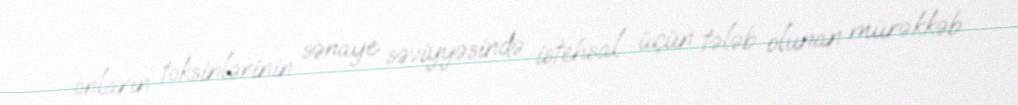
onların toksinlərinin sənaye səviyyəsində istehsal üçün tələb olunan mürəkkəb